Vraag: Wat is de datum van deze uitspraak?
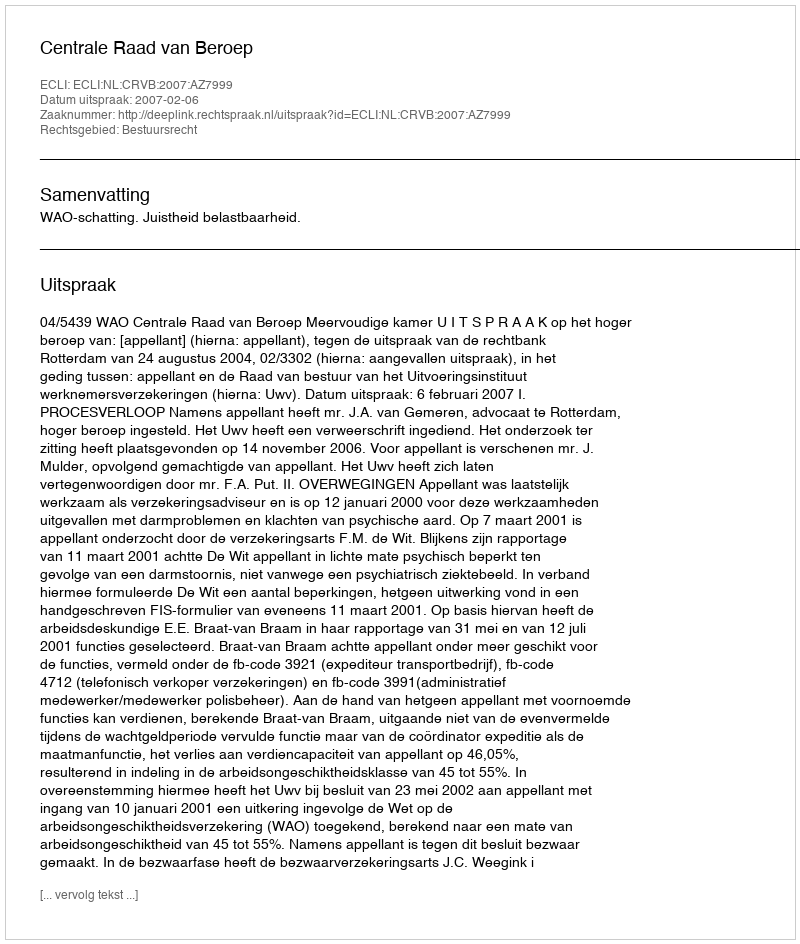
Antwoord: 2007-02-06